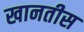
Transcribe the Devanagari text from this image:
खानतीस